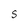
Character: S